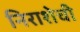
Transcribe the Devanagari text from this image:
निराशेची